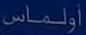
أولمس